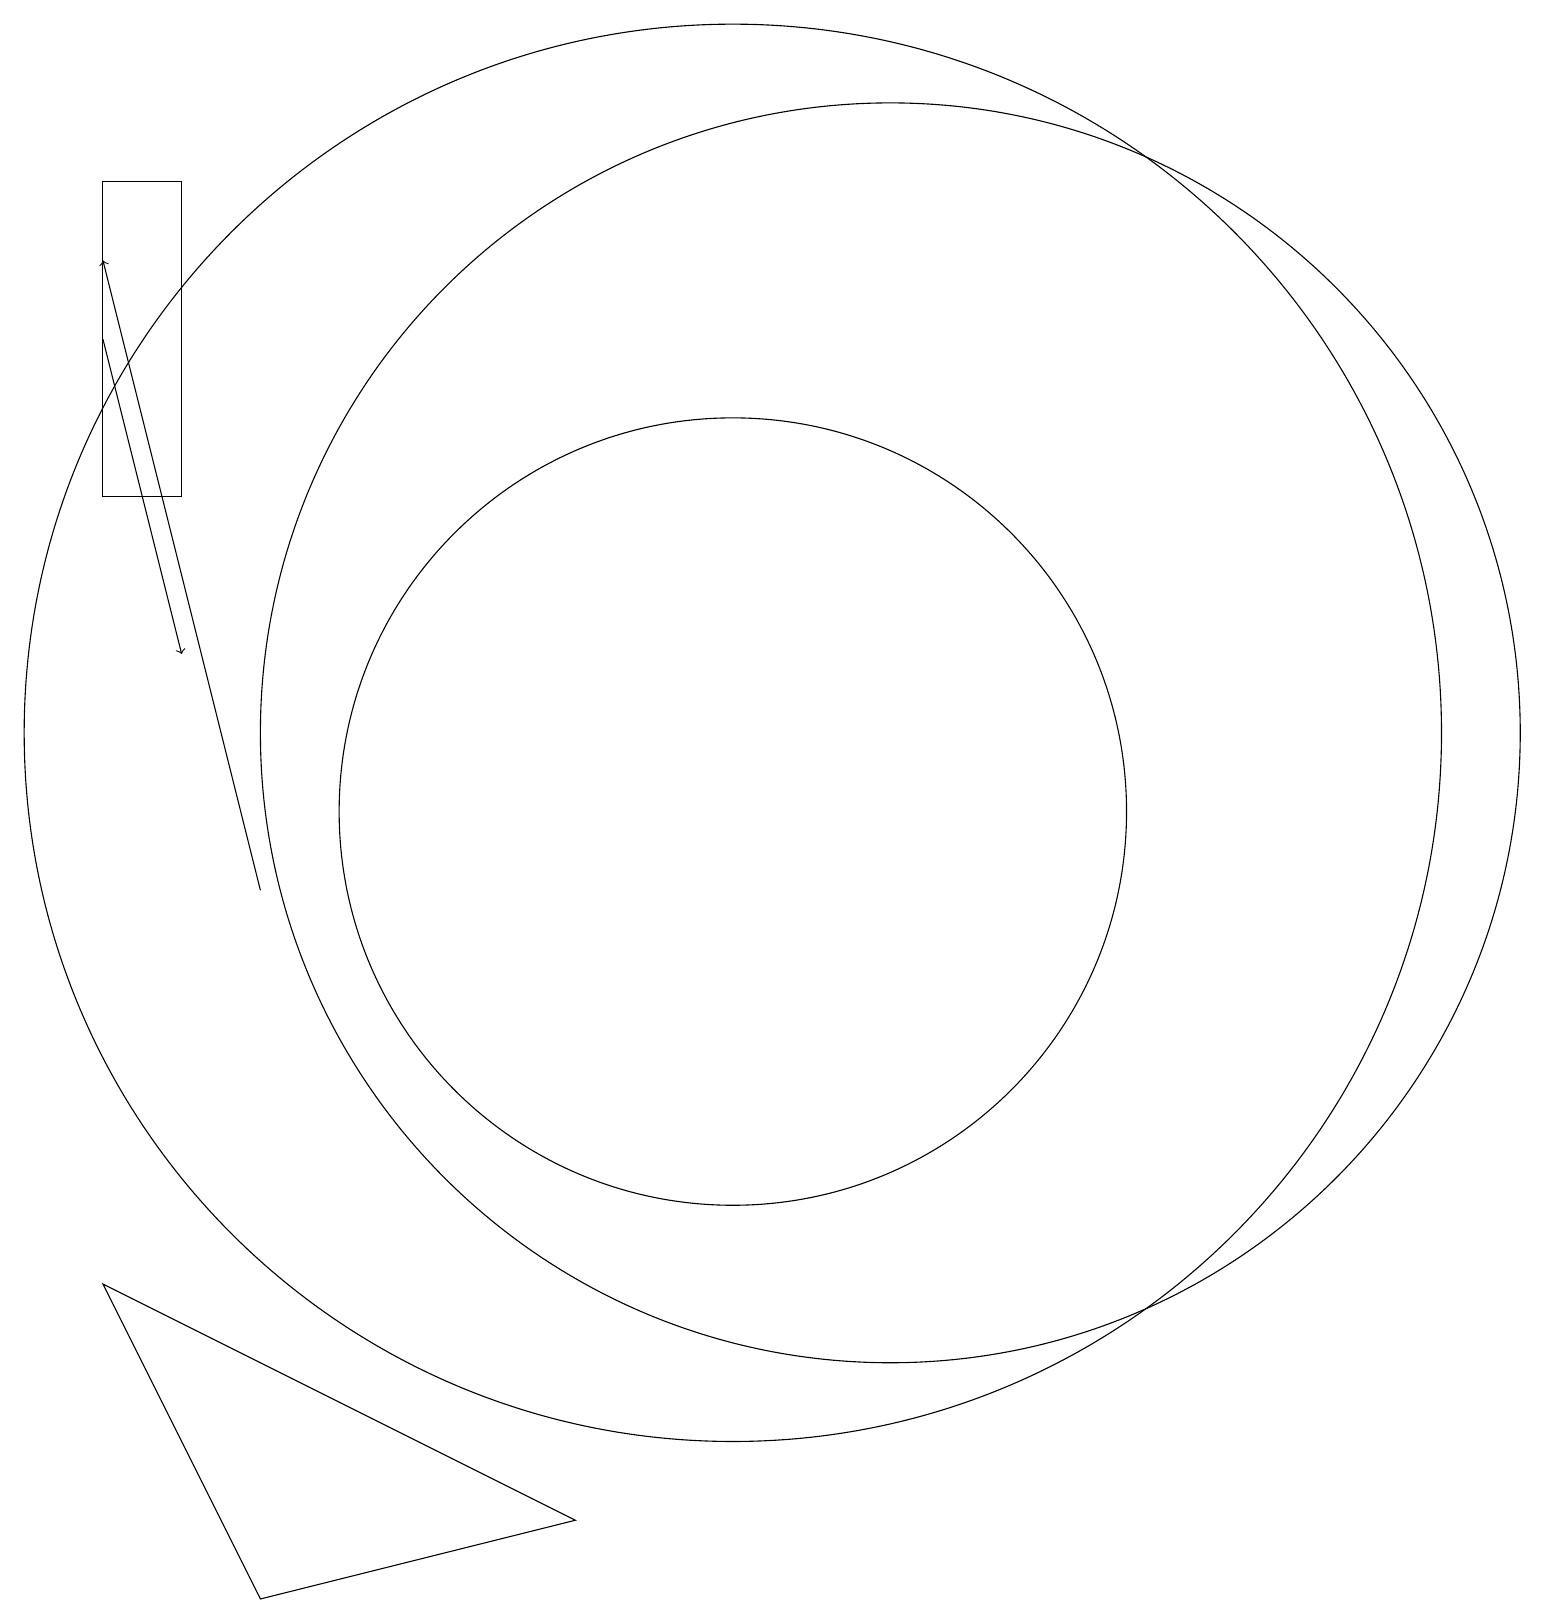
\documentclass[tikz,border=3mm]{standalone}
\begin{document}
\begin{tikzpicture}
\draw[->] (2,17) -- (3,13);
\draw (2,5) -- (4,1) -- (8,2) -- cycle;
\draw (2,15) rectangle (3,19);
\draw (10,12) circle (9);
\draw (12,12) circle (8);
\draw[->] (4,10) -- (2,18);
\draw (10,11) circle (5);
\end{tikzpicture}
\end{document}